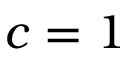
c = 1